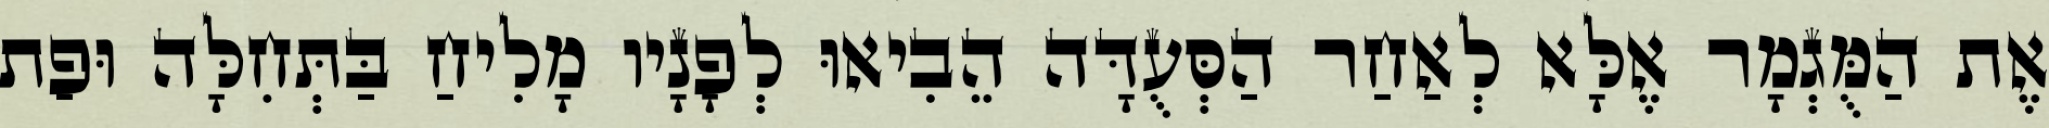
אֶת הַמֻּגְמָר אֶלָּא לְאַחַר הַסְּעֻדָּה הֵבִיאוּ לְפָנָיו מָלִיחַ בַּתְּחִלָּה וּפַת